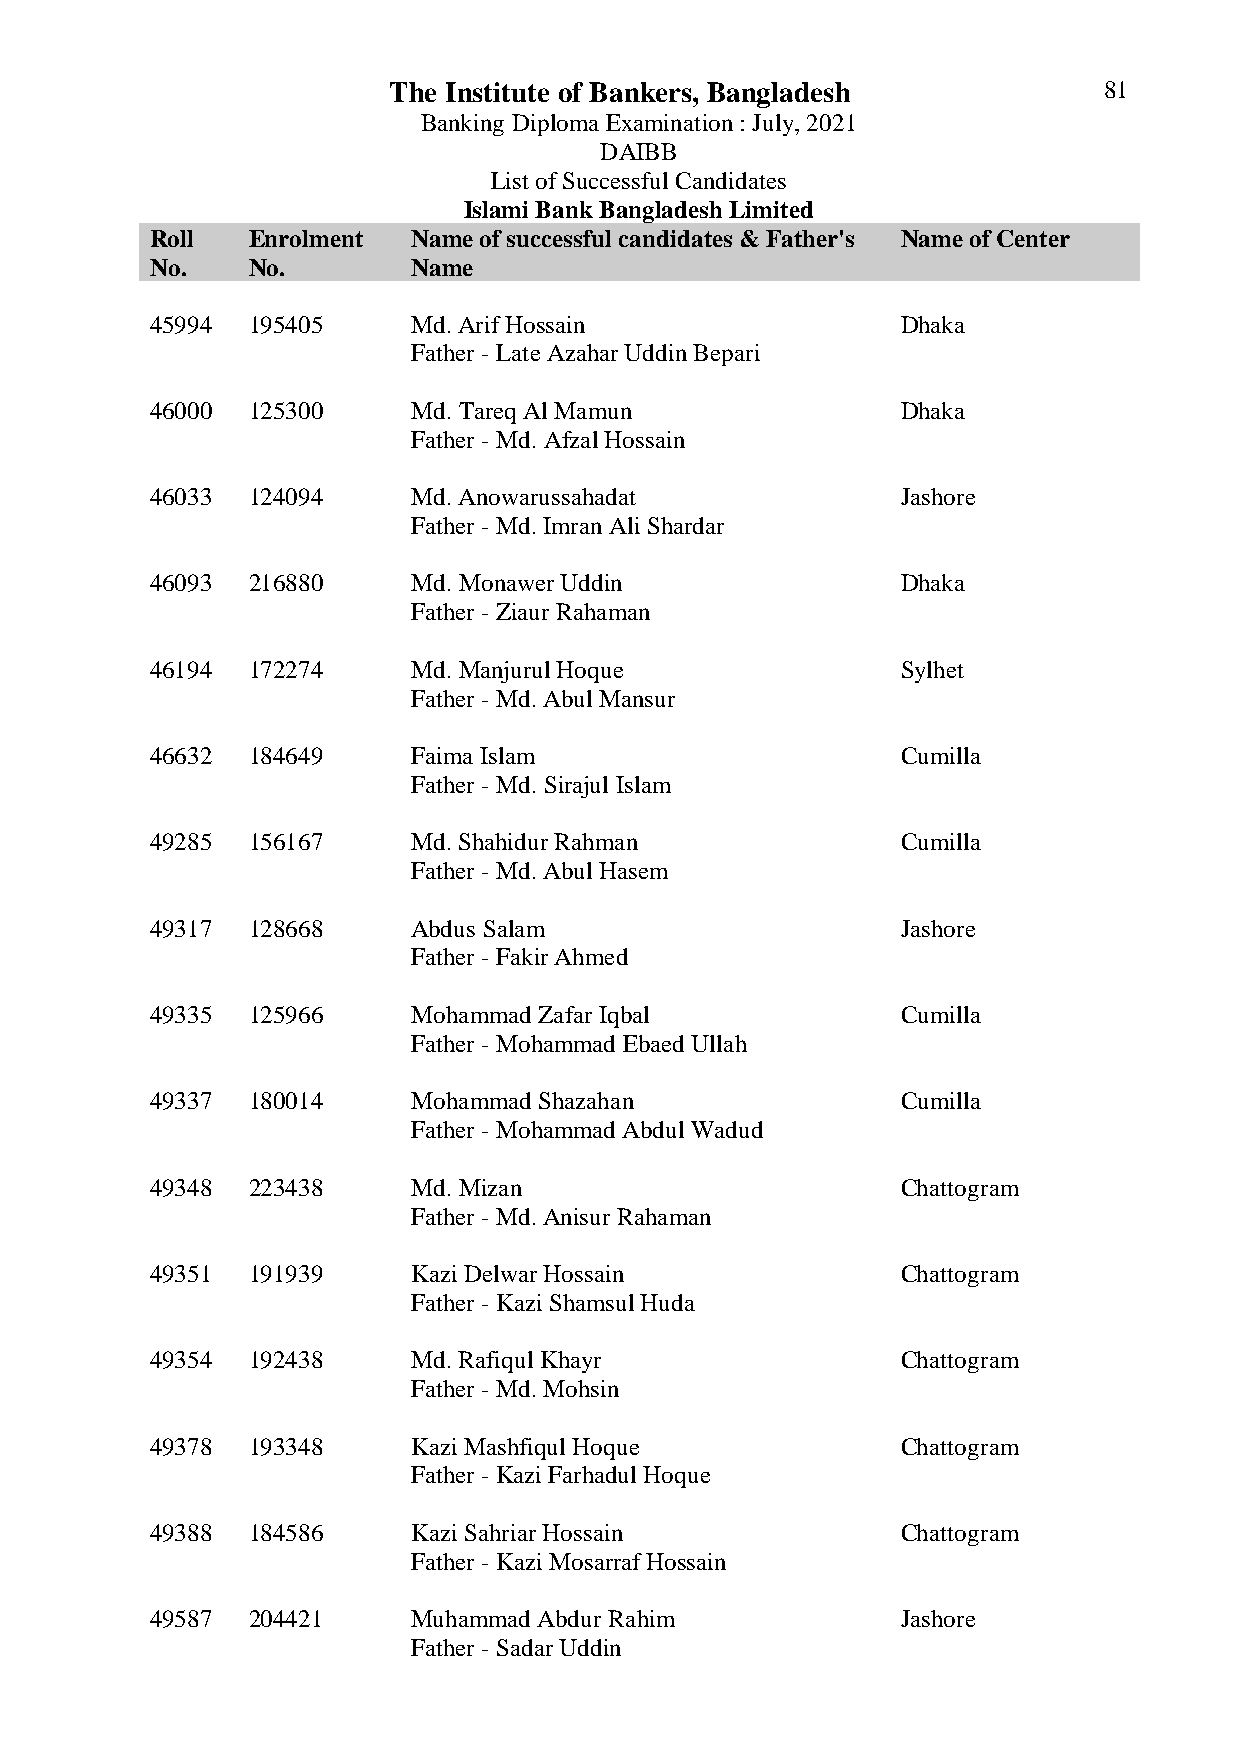
The Institute of Bankers, Bangladesh           81
 Banking Diploma Examination : July, 2021
 DAIBB
 List of Successful Candidates
 Islami Bank Bangladesh Limited
 Roll  Enrolment  Name of successful candidates & Father's Name of Center
 No.   No.        Name
 45994 195405     Md. Arif Hossain                 Dhaka
 Father - Late Azahar Uddin Bepari
 46000 125300     Md. Tareq Al Mamun               Dhaka
 Father - Md. Afzal Hossain
 46033 124094     Md. Anowarussahadat              Jashore
 Father - Md. Imran Ali Shardar
 46093 216880     Md. Monawer Uddin                Dhaka
 Father - Ziaur Rahaman
 46194 172274     Md. Manjurul Hoque               Sylhet
 Father - Md. Abul Mansur
 46632 184649     Faima Islam                      Cumilla
 Father - Md. Sirajul Islam
 49285 156167     Md. Shahidur Rahman              Cumilla
 Father - Md. Abul Hasem
 49317 128668     Abdus Salam                      Jashore
 Father - Fakir Ahmed
 49335 125966     Mohammad Zafar Iqbal             Cumilla
 Father - Mohammad Ebaed Ullah
 49337 180014     Mohammad Shazahan                Cumilla
 Father - Mohammad Abdul Wadud
 49348 223438     Md. Mizan                        Chattogram
 Father - Md. Anisur Rahaman
 49351 191939     Kazi Delwar Hossain              Chattogram
 Father - Kazi Shamsul Huda
 49354 192438     Md. Rafiqul Khayr                Chattogram
 Father - Md. Mohsin
 49378 193348     Kazi Mashfiqul Hoque             Chattogram
 Father - Kazi Farhadul Hoque
 49388 184586     Kazi Sahriar Hossain             Chattogram
 Father - Kazi Mosarraf Hossain
 49587 204421     Muhammad Abdur Rahim             Jashore
 Father - Sadar Uddin